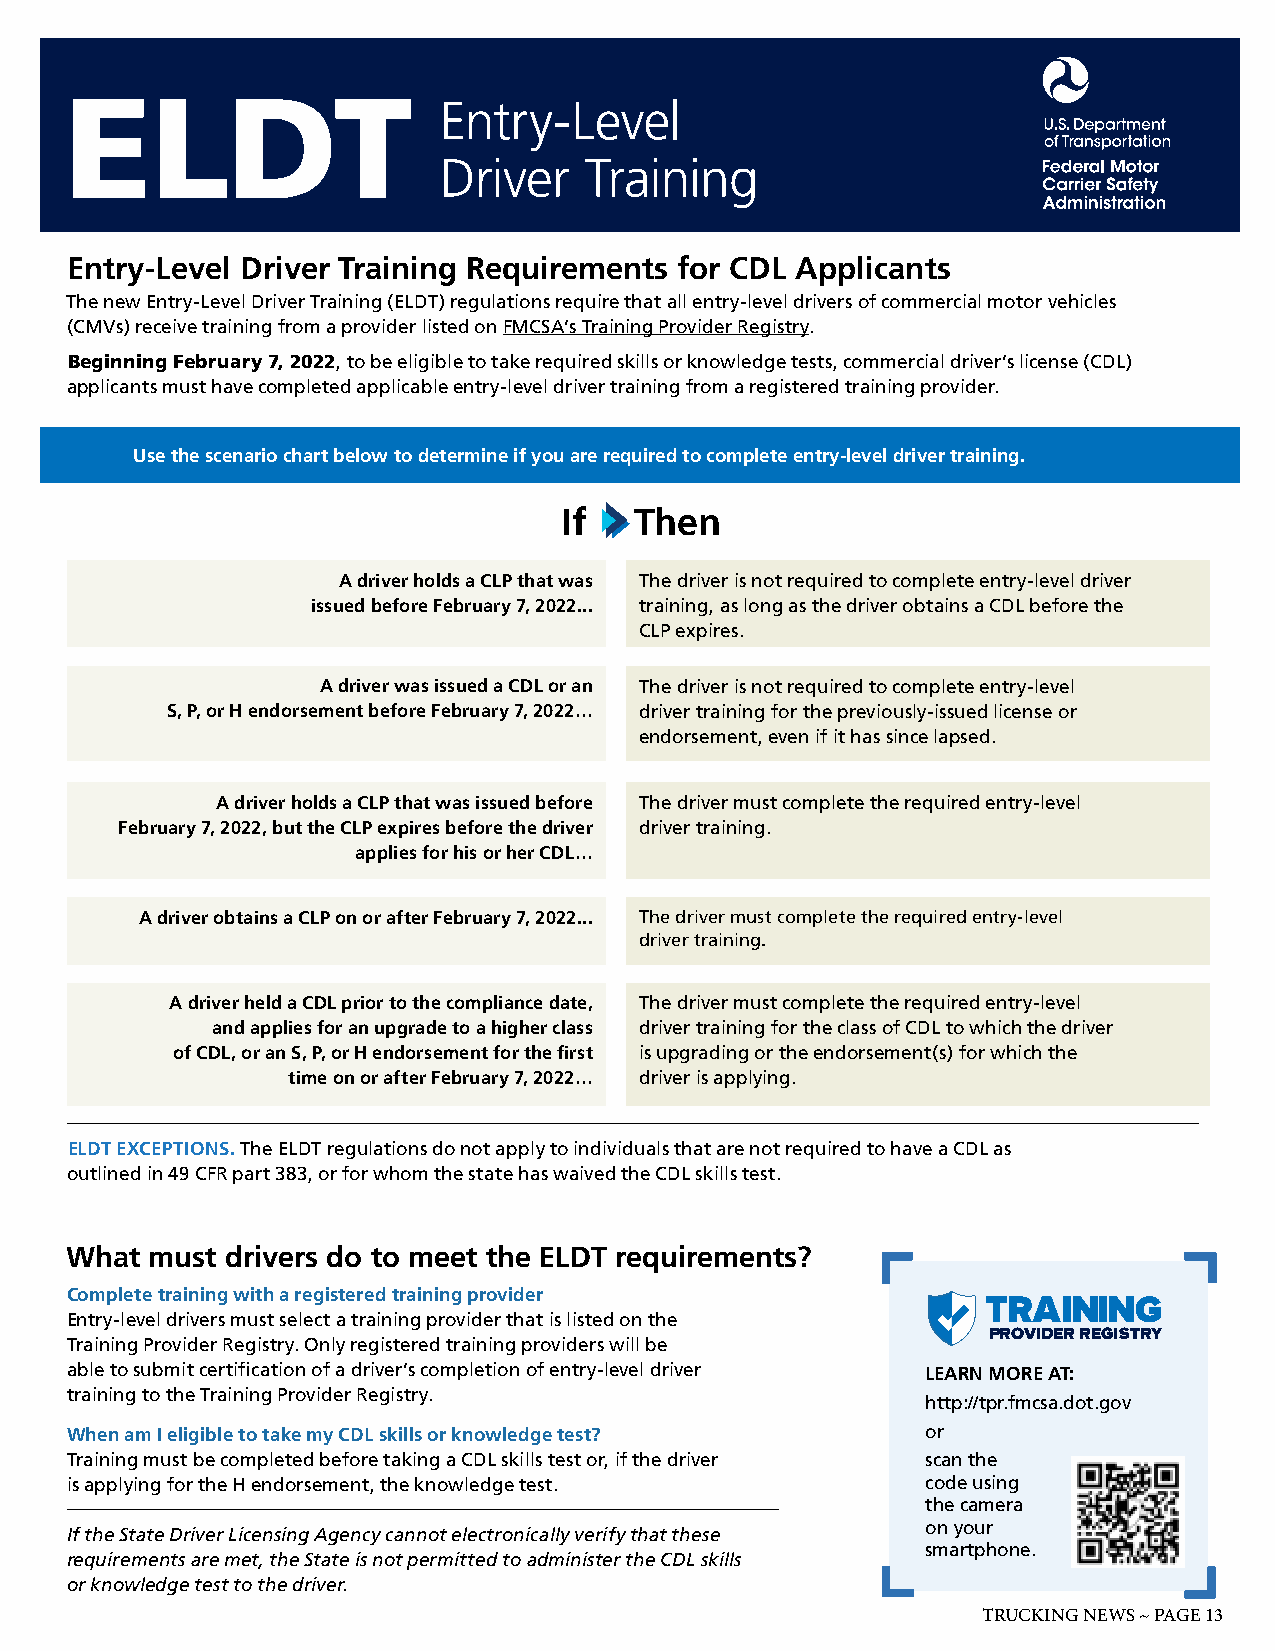
ELDT
 Entry-Level
 Driver    Training
 Entry-Level Driver Training Requirements for CDL Applicants
 The new Entry-Level Driver Training (ELDT) regulations require that all entry-level drivers of commercial motor vehicles
 (CMVs) receive training from a provider listed on FMCSA’s Training Provider Registry.
 Beginning February 7, 2022, to be eligible to take required skills or knowledge tests, commercial driver’s license (CDL)
 applicants must have completed applicable entry-level driver training from a registered training provider.
 Use the scenario chart below to determine if you are required to complete entry-level driver training.
 If   Then
 A driver holds a CLP that was The driver is not required to complete entry-level driver
 issued before February 7, 2022... training, as long as the driver obtains a CDL before the
 CLP expires.
 A driver was issued a CDL or an The driver is not required to complete entry-level
 S, P, or H endorsement before February 7, 2022… driver training for the previously-issued license or
 endorsement, even if it has since lapsed.
 A driver holds a CLP that was issued before The driver must complete the required entry-level
 February 7, 2022, but the CLP expires before the driver driver training.
 applies for his or her CDL…
 A driver obtains a CLP on or after February 7, 2022... The driver must complete the required entry-level
 driver training.
 A driver held a CDL prior to the compliance date, The driver must complete the required entry-level
 and applies for an upgrade to a higher class driver training for the class of CDL to which the driver
 of CDL, or an S, P, or H endorsement for the first is upgrading or the endorsement(s) for which the
 time on or after February 7, 2022… driver is applying.
 ELDT EXCEPTIONS. The ELDT regulations do not apply to individuals that are not required to have a CDL as
 outlined in 49 CFR part 383, or for whom the state has waived the CDL skills test.
 What  must drivers do to meet the ELDT requirements?
 Complete training with a registered training provider
 TRAINING
 Entry-level drivers must select a training provider that is listed on the
 PROVIDER REGISTRY
 Training Provider Registry. Only registered training providers will be
 able to submit certification of a driver’s completion of entry-level driver LEARN MORE AT:
 training to the Training Provider Registry.
 http://tpr.fmcsa.dot.gov
 When am I eligible to take my CDL skills or knowledge test? or
 Training must be completed before taking a CDL skills test or, if the driver scan the
 is applying for the H endorsement, the knowledge test.   code using
 the camera
 on your
 If the State Driver Licensing Agency cannot electronically verify that these
 smartphone.
 requirements are met, the State is not permitted to administer the CDL skills
 or knowledge test to the driver.
 TRUCKING NEWS ~ PAGE 13